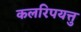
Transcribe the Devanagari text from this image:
कलरिपयत्तु